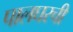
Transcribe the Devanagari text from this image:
पालघरची